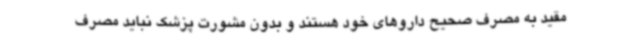
مقید به مصرف صحیح داروهای خود هستند و بدون مشورت پزشک نباید مصرف